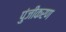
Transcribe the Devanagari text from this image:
पुंजीकरण